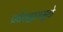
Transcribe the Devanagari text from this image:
प्रवेशद्वारामुळे